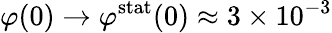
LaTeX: \varphi(0)\rightarrow\varphi^{\mathrm{stat}}(0)\approx 3\times 10^{-3}